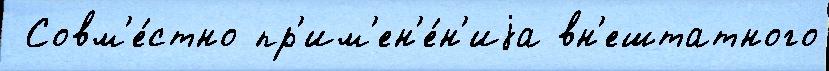
 Совм'е́стно пр'им'ен'е́н'иjа вн'ештатного